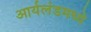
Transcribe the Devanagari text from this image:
आर्यलंडमध्ये